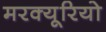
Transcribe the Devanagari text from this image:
मरक्यूरियो